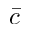
\bar { c }